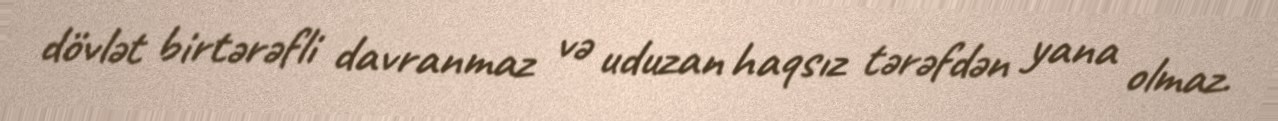
dövlət birtərəfli davranmaz və uduzan haqsız tərəfdən yana olmaz.